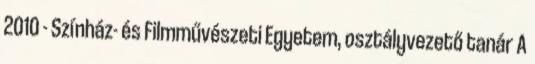
2010 - Színház- és Filmművészeti Egyetem, osztályvezető tanár A